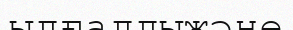
ылғалдыжәне